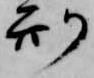
刑